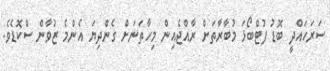
ސަރަހައްދީ ބޮޑު ފުޓްބޯޅަ މުބާރާތަށް ރާއްޖެއިން މިހާތަނަށް ގެންދިޔަ އެންމެ ޒުވާން ސްކޮޑެވެ.